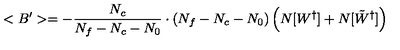
< B ^ { \prime } > = - \frac { N _ { c } } { N _ { f } - N _ { c } - N _ { 0 } } \cdot ( N _ { f } - N _ { c } - N _ { 0 } ) \left( N [ W ^ { \dagger } ] + N [ \tilde { W } ^ { \dagger } ] \right)